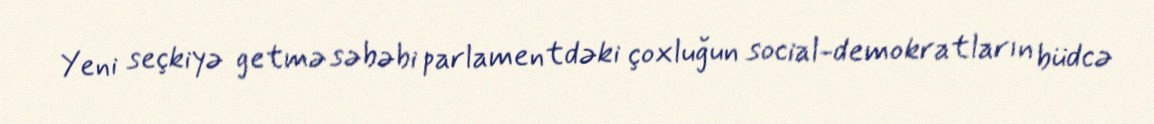
Yeni seçkiyə getmə səbəbi parlamentdəki çoxluğun social-demokratların büdcə